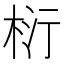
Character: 𭪂